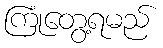
ကြုံတွေ့ရမည်